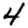
Digit: 4